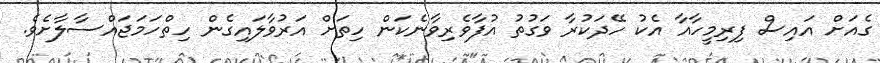
ގެއަށް އައިސް ފިރިމީހާއާ އެކު ހޭދަކުރާ ވަގުތު އުފާވެރިވާނެކަން ހިތަށް އަރުވާލައިގެން ހިތްހަމަޖައްސާލާށެވެ.